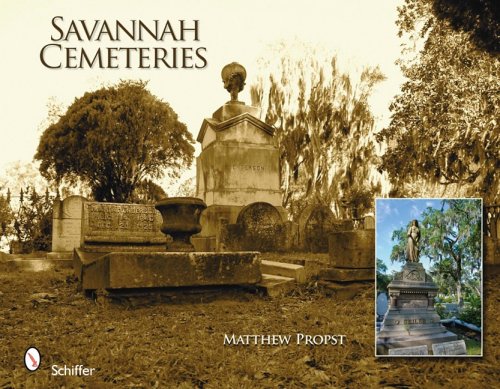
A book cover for Savannah Cemeteries; Matthew Propst; Travel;